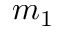
m _ { 1 }